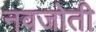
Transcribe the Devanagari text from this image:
नवजोती